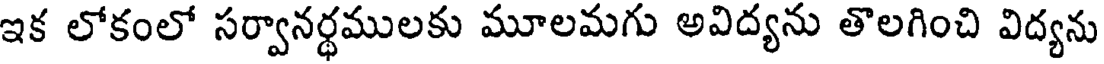
ఇక లోకంలో సర్వానర్థములకు మూలమగు అవిద్యను తొలగించి విద్యను